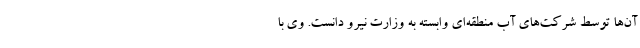
آن‌ها توسط شرکت‌های آب منطقه‌ای وابسته به وزارت نیرو دانست. وی با